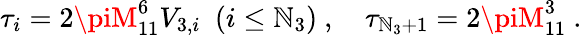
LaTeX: \tau_{i}={2\piM_{11}^{6}V_{3,i}}\ \ (i\leq\mathbb{N}_{3})\ ,\quad\tau_{\mathbb{N}_{3}+1}={2\piM_{11}^{3}}\ .